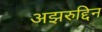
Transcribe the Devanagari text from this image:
अझरुद्दिन